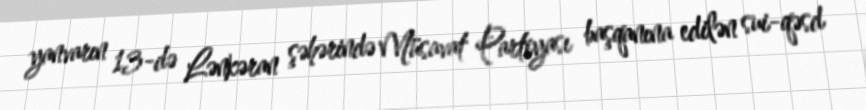
yanvarın 13-də Lənkəran şəhərində Müsavat Partiyası başqanına edilən sui-qəsd